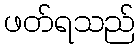
ဖတ်ရသည်